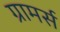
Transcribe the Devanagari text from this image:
ग्रामर्स